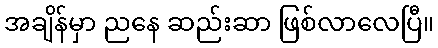
အချိန်မှာ ညနေ ဆည်းဆာ ဖြစ်လာလေပြီ။